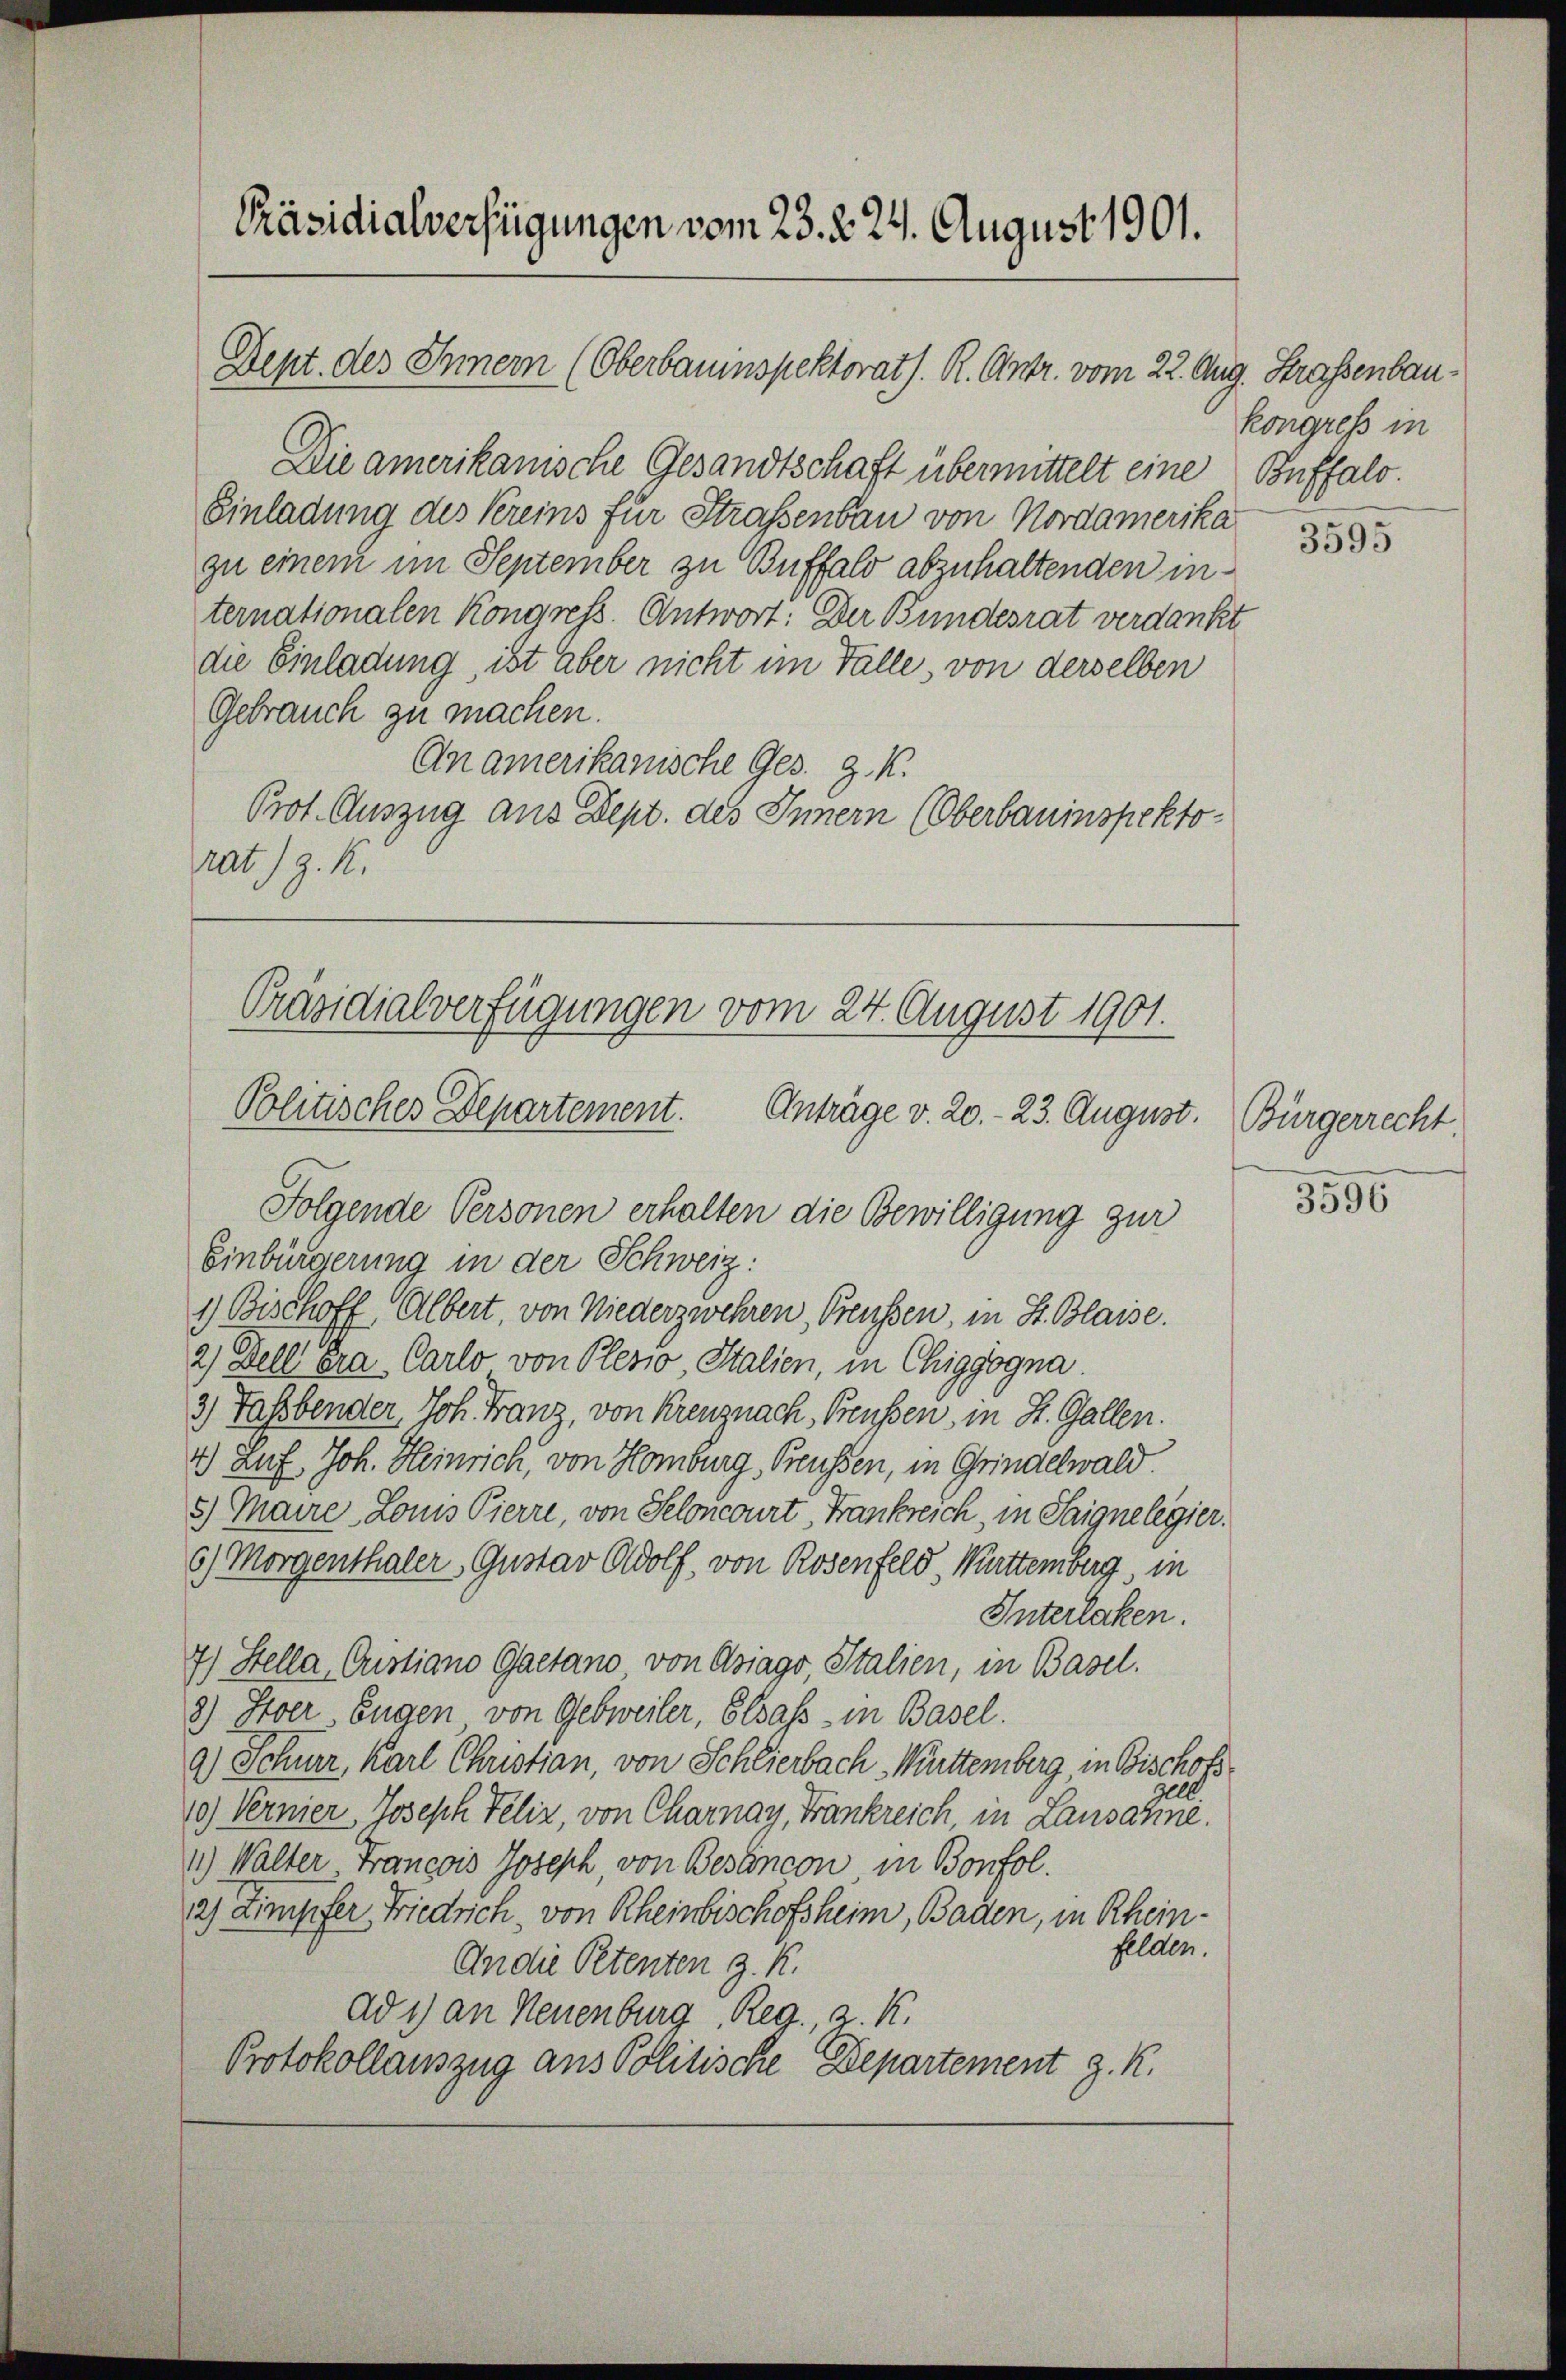
Präsidialverfügungen vom 23. 2. 24. August 1901.

Dept. des Innern (Oberbauinspektorath. R. Antr. vom 22. Aug. Strassenbau¬

Die amerikanische Gesandtschaft übermittelt eine Buffalo¬
Einladung des Kreins für Strassenbau von Nordamerika
zu einem im September zu Buffalo abzuhaltenden internationalen Kongress. Antwort: Der Bundesrat verdankt.
die Einladung, ist aber nicht im Falle, von derselben
Gebrauch zu machen.
An amerikanische Ges. z. K.
Prot. Auszug aus Dept. des Innern (Oberbauinspektorat) z. K.

Einbürgerung in der Schweiz:
1) Bischoff Albert, von Niederzwehren, Preussen, in St. Blaise.
2) Dell Gra- Carlo von Plesio, Stalien, in Chiggogna
3) Fassbender, Joh. Franz, von Kreuznach, Preussen, in St. Gallen.
4) Luf Joh. Heinrich, von Homburg, Preussen, in Grindelwald.
5) Maire, Louis Pierre, von Seloncourt, Frankreich, in Saigne legier.
6) Morgenthaler Gustav Adolf, von Rosenfeld, Württemberg, in
Interlaken.
7) Stella, Cristiano Gaetano von Asiago, Italien, in Basel.
8) Itoer Eugen von Gebweiler, Elsass in Basel.
a) Schner, Karl Christian, von Schlierbach Württemberg, in Bischofsell
10.) Vernier Joseph Teliz, von Charnay, Frankreich, in Lausanne.
1.) Walter Francois Joseph, von Bestincon in Bonfol
2) Zimpfer Friedrich, von Rheinbischofsheim, Baden, in Rheinfelden.
An die Petenten z. K.
dd 1) an Neuenburg, Reg., 2. K.
Protokollauszug aus Politische Departement z. R.

Präsidialverfügungen vom 24. August 1901.
Politisches Departement. Anträge v. 20.- 23. August. Bürgerrecht.
Folgende Personen erhalten die Bewilligung zur

kongress in

3595

3596